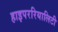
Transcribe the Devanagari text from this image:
हाइपररियालिटी